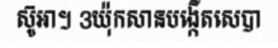
ស៊ូអា។ 3យ៉ុកសានបង្កើតសេបា